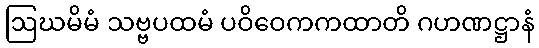
ဩဃမိမံ သဗ္ဗပထမံ ပဝိဝေကကထာတိ ဂဟဏဋ္ဌာနံ